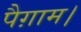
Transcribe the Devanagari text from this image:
पैग़ाम।